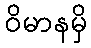
ဝိမာနမှိ